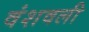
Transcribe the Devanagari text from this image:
वंशवली